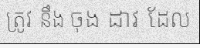
ត្រូវ នឹង ចុង ដាវ ដែល